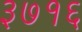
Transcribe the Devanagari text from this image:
३७१६